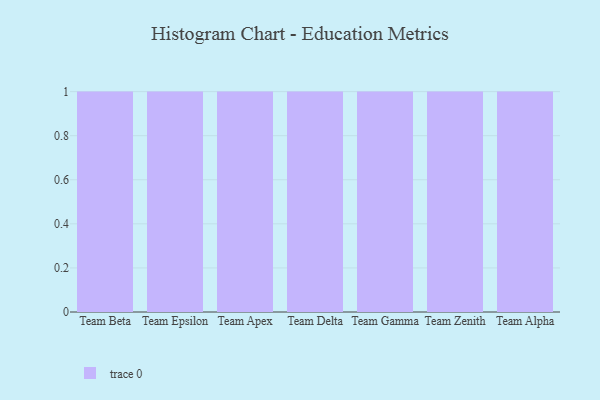
{"axis": {"x": "Team", "y": "Humidity (%)"}, "legend": [""], "data": [{"x": "Team Beta", "y": 60, "type": ""}, {"x": "Team Epsilon", "y": 28, "type": ""}, {"x": "Team Apex", "y": 20, "type": ""}, {"x": "Team Delta", "y": 64, "type": ""}, {"x": "Team Gamma", "y": 13, "type": ""}, {"x": "Team Zenith", "y": 53, "type": ""}, {"x": "Team Alpha", "y": 45, "type": ""}]}